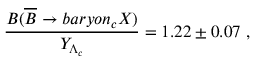
\frac { B ( \overline { { B } } \rightarrow b a r y o n _ { c } X ) } { Y _ { \Lambda _ { c } } } = 1 . 2 2 \pm 0 . 0 7 \; ,